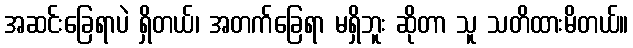
အဆင်းခြေရာပဲ ရှိတယ်၊ အတက်ခြေရာ မရှိဘူး ဆိုတာ သူ သတိထားမိတယ်။